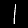
Digit: 1